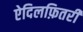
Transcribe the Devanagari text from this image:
ऐदिलफ़ितरी